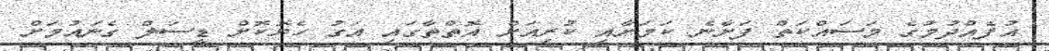
އުފެއްދުމުގެ މަސައްކަތް ފަށާނެ ކަމަށާއި ކުރިއަށް އޮތްތާގައި އަގު ހެޔޮކޮށް ޑީސަލް ގެނައުމަށް